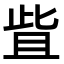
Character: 𬅿